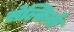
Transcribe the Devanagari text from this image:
सेल्किर्क